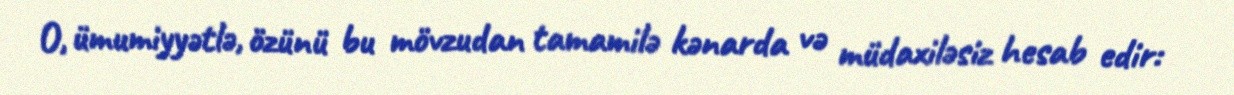
O, ümumiyyətlə, özünü bu mövzudan tamamilə kənarda və müdaxiləsiz hesab edir: